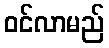
ဝင်လာမည်